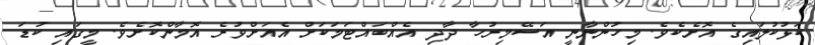
ކަޅުކުލައިގެ އޮށެކެވެ. މިހުންނާނީ އަސޭމިރުހާ ދާދި އެއްބައްޓަމަކަށް އެއަށްވުރެ އޮމާންކޮށެވެ. މީގައި ކުޑަ